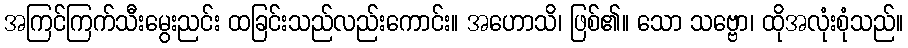
အကြင်ကြက်သီးမွေးညင်း ထခြင်းသည်လည်းကောင်း။ အဟောသိ၊ ဖြစ်၏။ သော သဗ္ဗော၊ ထိုအလုံးစုံသည်။